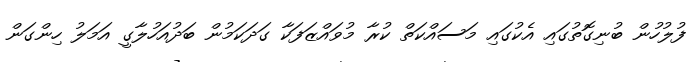
ފުލުހުން ބުނިގޮތުގައި އެކުގައި މަސައްކަތް ކުރާ މުވައްޒަފަކާ ގަދަކަމުން ބަދުއަހުލާގީ އަމަލު ހިންގަން